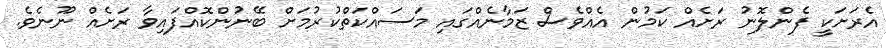
އެރަށަކީ ފެންލޮނު ރަށެއް ކަމުން އެއްވެސް ޒަމާނެއްގައި މަސައްކަތްކުރުމަށް ބޭނުންކޮއްފައިވާ ރަށެއް ނޫނެވެ.